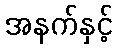
အနက်နှင့်